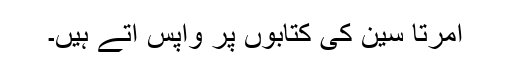
امرتا سین کی کتابوں پر واپس آتے ہیں۔